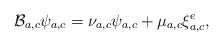
LaTeX: \begin{align*}\mathcal B_{a,c}\psi_{a,c} = \nu_{a,c}\psi_{a,c} + \mu_{a,c}\xi_{a,c}^e,\end{align*}